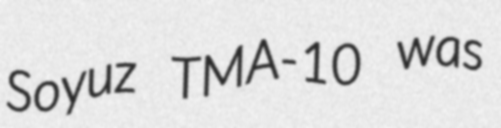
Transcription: Soyuz TMA-10 was